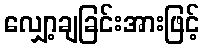
လျှော့ချခြင်းအားဖြင့်